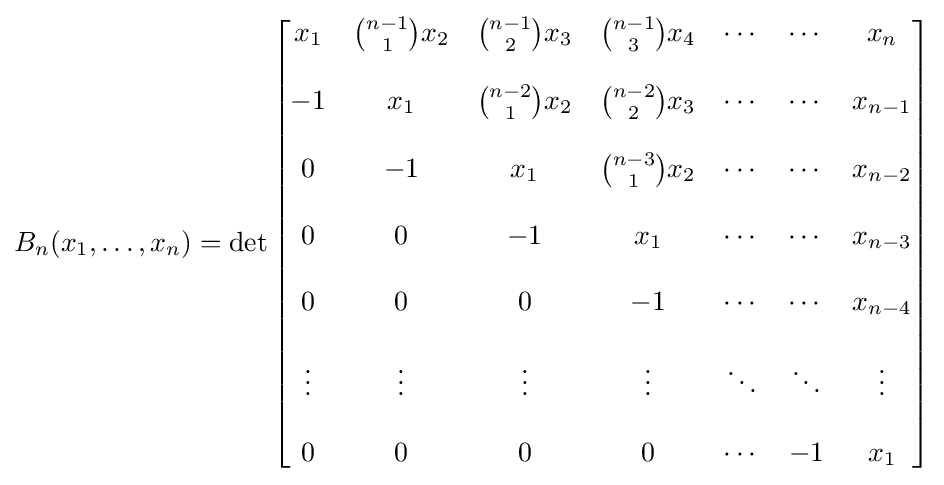
B_{n}(x_{1},\dots ,x_{n})=\det {\begin{bmatrix}x_{1}&{n-1 \choose 1}x_{2}&{n-1 \choose 2}x_{3}&{n-1 \choose 3}x_{4}&\cdots &\cdots &x_{n}\\\\-1&x_{1}&{n-2 \choose 1}x_{2}&{n-2 \choose 2}x_{3}&\cdots &\cdots &x_{n-1}\\\\0&-1&x_{1}&{n-3 \choose 1}x_{2}&\cdots &\cdots &x_{n-2}\\\\0&0&-1&x_{1}&\cdots &\cdots &x_{n-3}\\\\0&0&0&-1&\cdots &\cdots &x_{n-4}\\\\\vdots &\vdots &\vdots &\vdots &\ddots &\ddots &\vdots \\\\0&0&0&0&\cdots &-1&x_{1}\end{bmatrix}}